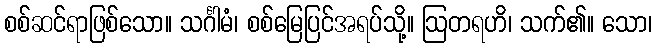
စစ်ဆင်ရာဖြစ်သော။ သင်္ဂါမံ၊ စစ်မြေပြင်အရပ်သို့။ ဩတရဟိ၊ သက်၏။ သော၊